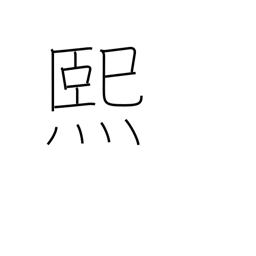
Meaning: sunny